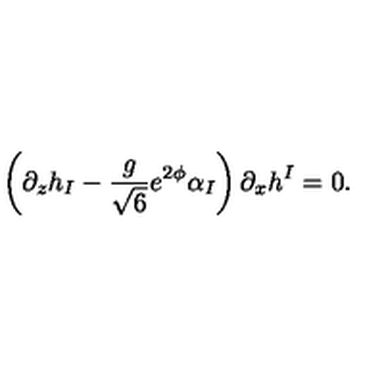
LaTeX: \left( \partial _ { z } h _ { I } - \frac { g } { \sqrt { 6 } } e ^ { 2 \phi } \alpha _ { I } \right) \partial _ { x } h ^ { I } = 0 .